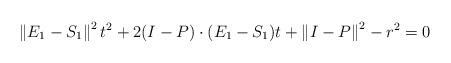
LaTeX: \begin{align*}\left\|E_1-S_1\right\|^2 t^2+2(I-P)\cdot(E_1-S_1) t + \left\|I-P\right\|^2-r^2=0\end{align*}